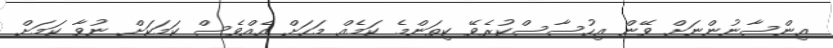
އިންސާނުންނަށް ވޭން އިހުސާސްކުރެވޭ ކިތަންމެ ކަމެއް މަހަށް އެއްވެސް ކަމަކަށް ނުވާ ކަމަށް